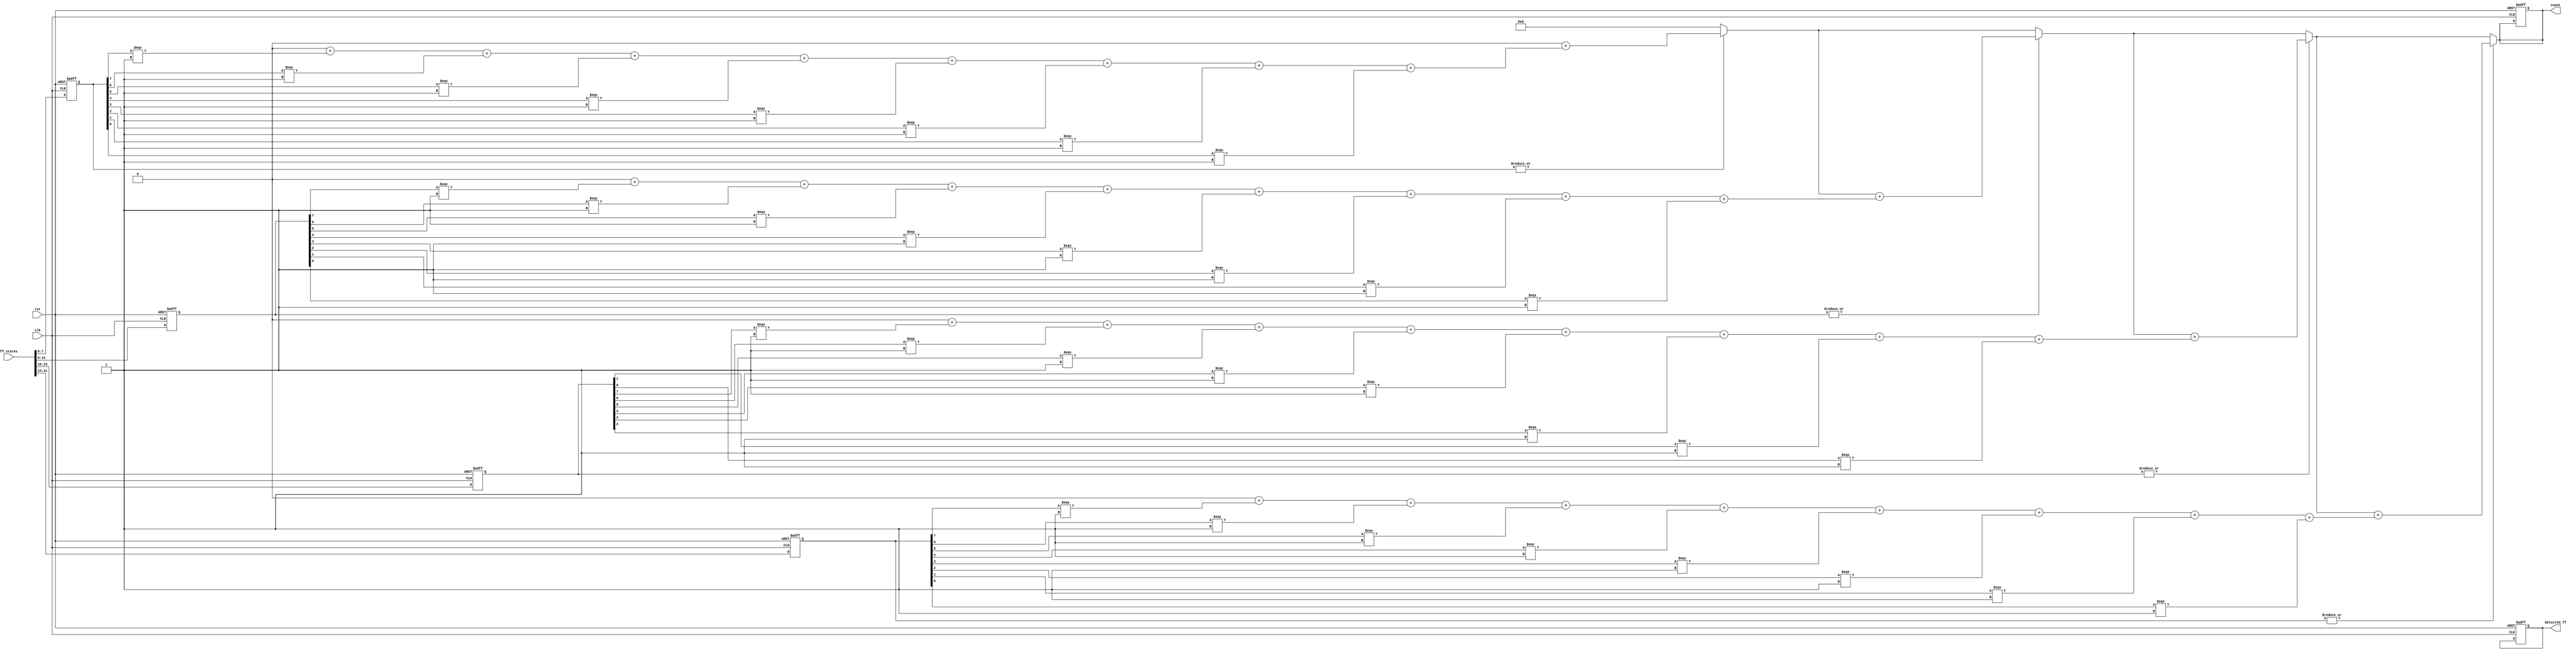
module flip_flop_detector #(
    parameter NUM_BLOCKS = 4,        // Number of memory blocks
    parameter FLIP_FLOPS_PER_BLOCK = 8 // Number of flip-flops per block
) (
    input wire clk,                   // Clock input
    input wire rst,                   // Reset input
    input wire [NUM_BLOCKS * FLIP_FLOPS_PER_BLOCK - 1 : 0] ff_states, // Input state of flip-flops
    output reg [NUM_BLOCKS - 1 : 0] detected_ff, // Detected flip-flops from each block
    output reg [$clog2(NUM_BLOCKS * FLIP_FLOPS_PER_BLOCK) - 1 : 0] count // Count of detected flip-flops
);

    // Memory blocks to store flip-flop states
    reg [FLIP_FLOPS_PER_BLOCK - 1 : 0] memory [0 : NUM_BLOCKS - 1];

    // Control logic to manage reading states
    integer i;
    
    always @(posedge clk or posedge rst) begin
        if (rst) begin
            // Reset memory and outputs
            for (i = 0; i < NUM_BLOCKS; i = i + 1) begin
                memory[i] <= 0;
                detected_ff[i] <= 0;
            end
            count <= 0;
        end else begin
            // Capture flip-flop states into memory blocks
            for (i = 0; i < NUM_BLOCKS; i = i + 1) begin
                memory[i] <= ff_states[i * FLIP_FLOPS_PER_BLOCK +: FLIP_FLOPS_PER_BLOCK];
            end
        end
    end

    // Detection logic for each memory block
    always @(*) begin
        count = 0; // Initialize count
        for (i = 0; i < NUM_BLOCKS; i = i + 1) begin
            detected_ff[i] = |memory[i]; // Detect if any flip-flop is high in this block
            if (detected_ff[i]) begin
                count = count + $countones(memory[i]); // Count the flip-flops that are detected
            end
        end
    end

    // Function to count 1s in a binary vector
    function integer countones;
        input [FLIP_FLOPS_PER_BLOCK - 1 : 0] vec;
        integer j;
        begin
            countones = 0; // Initialize counter
            for (j = 0; j < FLIP_FLOPS_PER_BLOCK; j = j + 1) begin
                countones = countones + vec[j]; // Count 1s
            end
        end
    endfunction

endmodule